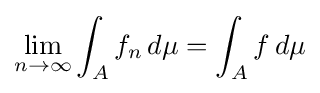
\lim _{n\to \infty }\int _{A}f_{n}\,d\mu =\int _{A}f\,d\mu